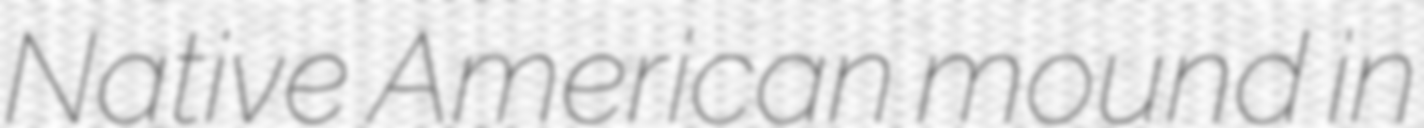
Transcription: Native American mound in